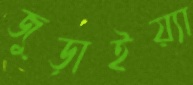
জুড়াইয়্যা